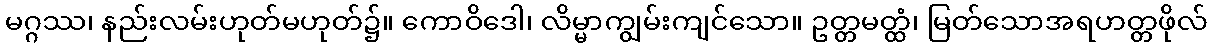
မဂ္ဂဿ၊ နည်းလမ်းဟုတ်မဟုတ်၌။ ကောဝိဒေါ၊ လိမ္မာကျွမ်းကျင်သော။ ဥတ္တမတ္ထံ၊ မြတ်သောအရဟတ္တဖိုလ်